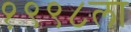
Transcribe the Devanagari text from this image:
१९९८ला